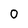
Character: 0